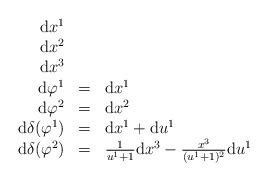
LaTeX: \begin{align*}\begin{array}{rcl}\mathrm{d}x^{1}\\\mathrm{d}x^{2}\\\mathrm{d}x^{3}\\\mathrm{d}\varphi^{1} & = & \mathrm{d}x^{1}\\\mathrm{d}\varphi^{2} & = & \mathrm{d}x^{2}\\\mathrm{d}\delta(\varphi^{1}) & = & \mathrm{d}x^{1}+\mathrm{d}u^{1}\\\mathrm{d}\delta(\varphi^{2}) & = & \frac{1}{u^{1}+1}\mathrm{d}x^{3}-\frac{x^{3}}{(u^{1}+1)^{2}}\mathrm{d}u^{1}\end{array}\end{align*}